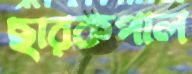
ছারকপাল